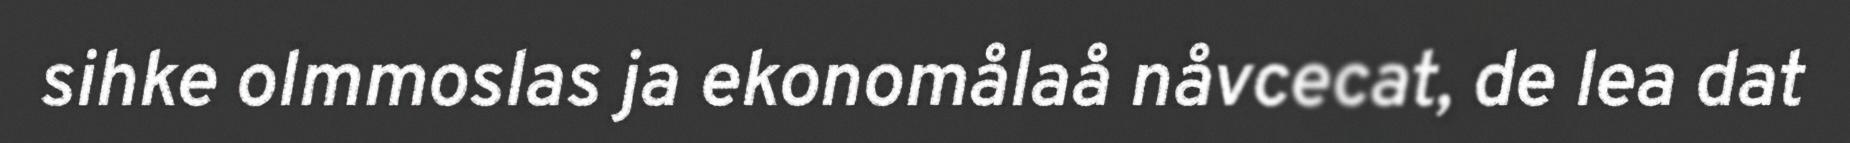
sihke olmmoslas ja ekonomålaå nåvcecat, de lea dat